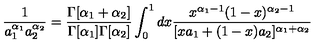
\frac { 1 } { a _ { 1 } ^ { \alpha _ { 1 } } a _ { 2 } ^ { \alpha _ { 2 } } } = \frac { \Gamma [ \alpha _ { 1 } + \alpha _ { 2 } ] } { \Gamma [ \alpha _ { 1 } ] \Gamma [ \alpha _ { 2 } ] } \int _ { 0 } ^ { 1 } d x \frac { x ^ { \alpha _ { 1 } - 1 } ( 1 - x ) ^ { \alpha _ { 2 } - 1 } } { [ x a _ { 1 } + ( 1 - x ) a _ { 2 } ] ^ { \alpha _ { 1 } + \alpha _ { 2 } } }